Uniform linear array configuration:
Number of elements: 64
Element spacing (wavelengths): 1
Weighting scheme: hann
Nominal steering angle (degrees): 15
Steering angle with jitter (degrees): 13.655
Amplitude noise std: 0.05
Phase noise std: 0.05

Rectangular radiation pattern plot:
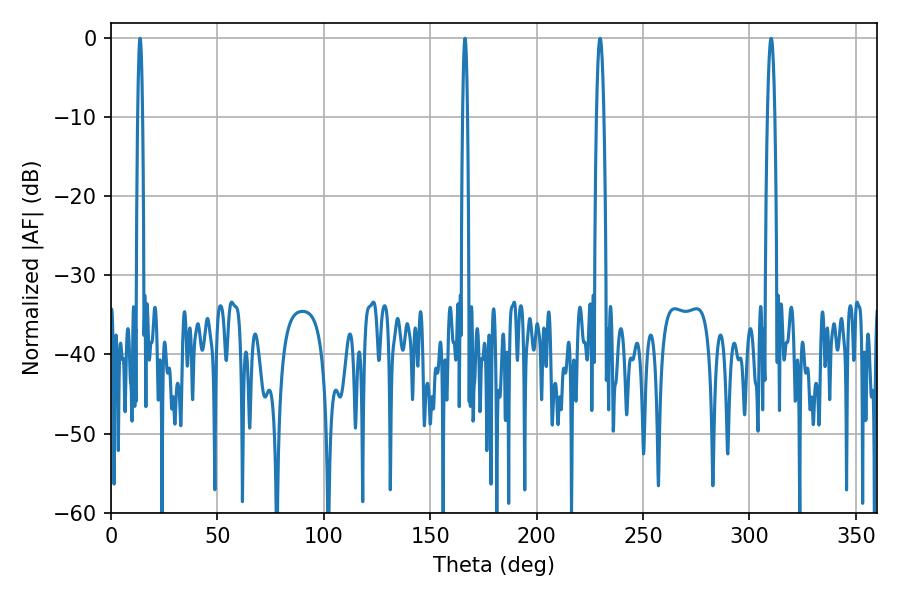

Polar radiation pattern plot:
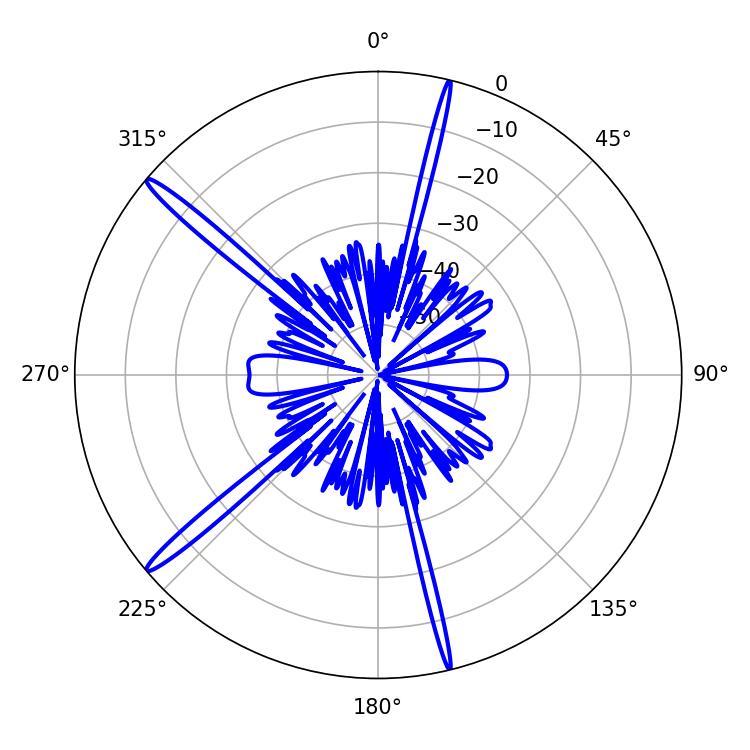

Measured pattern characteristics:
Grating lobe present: TRUE
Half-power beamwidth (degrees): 1.08
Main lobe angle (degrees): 166.32